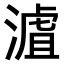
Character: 𣻐